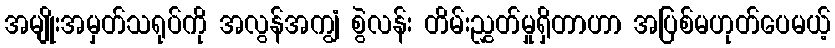
အမျိုးအမှတ်သရုပ်ကို အလွန်အကျွံ စွဲလန်း တိမ်းညွှတ်မှုရှိတာဟာ အပြစ်မဟုတ်ပေမယ့်